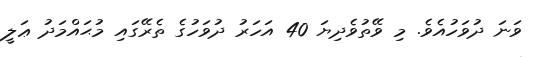
ވަނަ ދުވަހުއެވެ. މި ވޭތުވެދިޔަ 40 އަހަރު ދުވަހުގެ ތެރޭގައި މުޙައްމަދު ޢަލީ